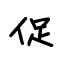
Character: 促